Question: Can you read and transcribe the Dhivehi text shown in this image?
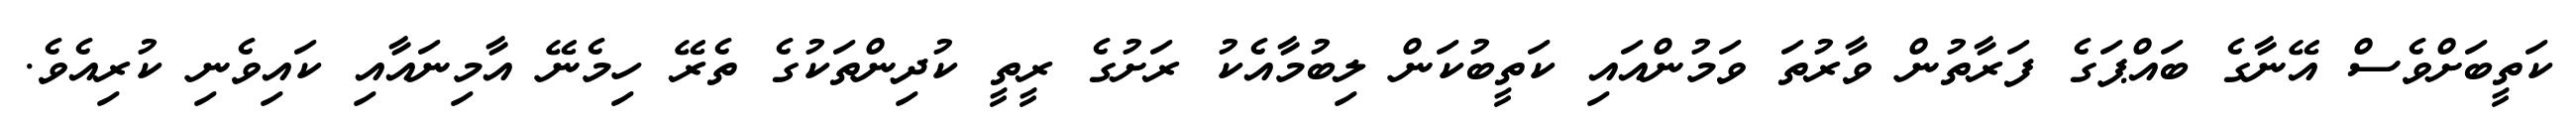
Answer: ކަތީބަށްވެސް އޭނާގެ ބައްޕަގެ ފަރާތުން ވާރުތަ ވަމުންއައި ކަތީބުކަން ލިބުމާއެކު ރަށުގެ ރީތީ ކުދިންތަކުގެ ތެރޭ ހިމެނޭ އާމިނައާއި ކައިވެނި ކުރިއެވެ.